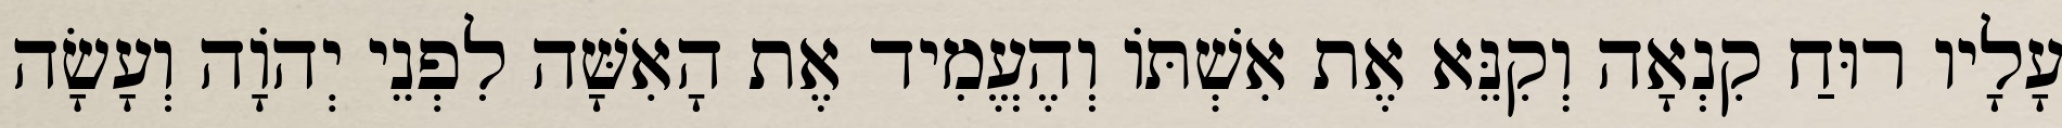
עָלָיו רוּחַ קִנְאָה וְקִנֵּא אֶת אִשְׁתּוֹ וְהֶעֱמִיד אֶת הָאִשָּׁה לִפְנֵי יְהֹוָה וְעָשָׂה